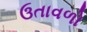
ઉતાવળો